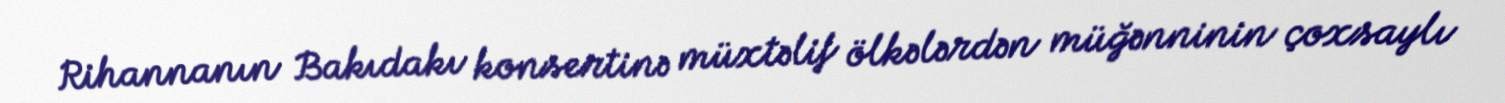
Rihannanın Bakıdakı konsertinə müxtəlif ölkələrdən müğənninin çoxsaylı